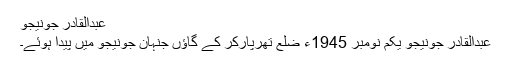
عبدالقادر جونیجو
عبدالقادر جونیجو یکم نومبر 1945ء ضلع تھرپارکر کے گاؤں جنہان جونیجو میں پیدا ہوئے۔